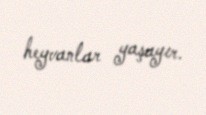
heyvanlar yaşayır.